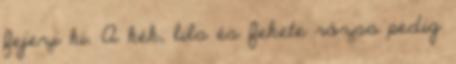
fejezi ki. A kék, lila és fekete rózsa pedig